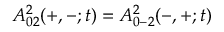
A _ { 0 2 } ^ { 2 } ( + , - ; t ) = A _ { 0 - 2 } ^ { 2 } ( - , + ; t )